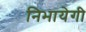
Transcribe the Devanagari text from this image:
निभायेगी